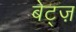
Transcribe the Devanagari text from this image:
बेट्ज़